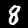
Label: 8